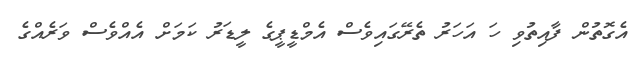
އެގޮތުން ފާއިތުވި ހަ އަހަރު ތެރޭގައިވެސް އެމްޑީޕީގެ ލީޑަރު ކަމަށް އެއްވެސް ވަރެއްގެ